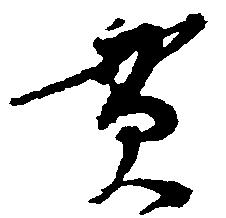
貫